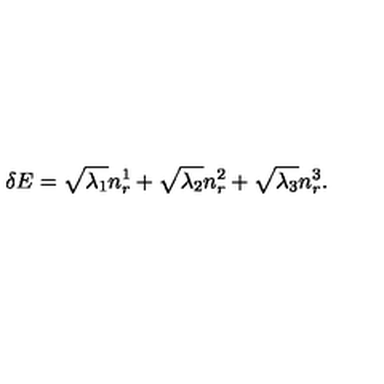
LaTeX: \delta E = \sqrt { \lambda _ { 1 } } n _ { r } ^ { 1 } + \sqrt { \lambda _ { 2 } } n _ { r } ^ { 2 } + \sqrt { \lambda _ { 3 } } n _ { r } ^ { 3 } .